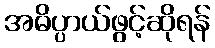
အဓိပ္ပာယ်ဖွင့်ဆိုရန်